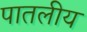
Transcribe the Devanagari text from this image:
पातलीय